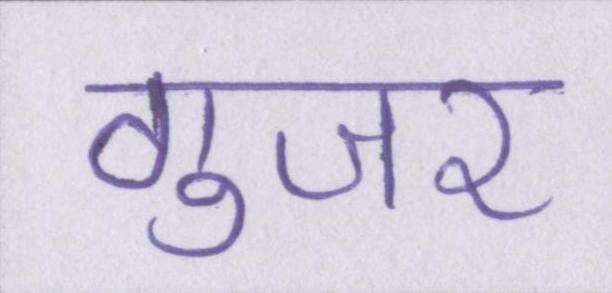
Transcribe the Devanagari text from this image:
गुजर